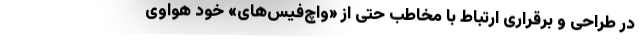
در طراحی و برقراری ارتباط با مخاطب حتی از «واچ‌فیس‌های» خود هواوی